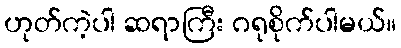
ဟုတ်ကဲ့ပါ ဆရာကြီး ဂရုစိုက်ပါမယ်။